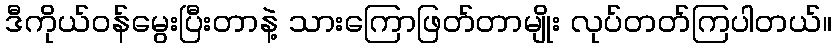
ဒီကိုယ်ဝန်မွေးပြီးတာနဲ့ သားကြောဖြတ်တာမျိုး လုပ်တတ်ကြပါတယ်။